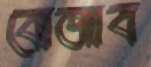
বোজাব